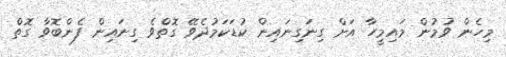
މިހެން ވުމުން މައިމީހާ އަށް ގިނަގިނައިން ކުޑަކަމުދެވޭ ގޮތްވެ ގިނައިން ފެންބޮވާ ގޮތް